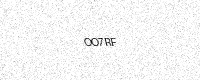
Text: OO7RF